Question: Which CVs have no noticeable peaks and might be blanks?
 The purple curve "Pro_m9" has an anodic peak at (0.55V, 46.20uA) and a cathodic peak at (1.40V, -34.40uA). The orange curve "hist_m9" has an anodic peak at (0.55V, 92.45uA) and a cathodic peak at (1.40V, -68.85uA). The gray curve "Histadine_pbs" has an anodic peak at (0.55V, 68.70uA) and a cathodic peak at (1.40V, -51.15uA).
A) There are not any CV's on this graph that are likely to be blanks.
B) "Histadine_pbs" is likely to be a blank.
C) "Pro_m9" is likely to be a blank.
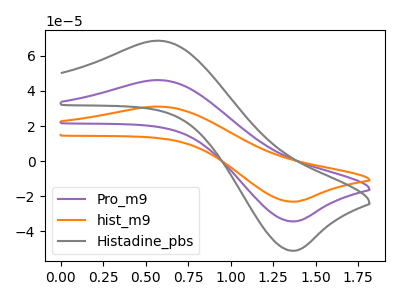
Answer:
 <answer>A) There are not any CV's on this graph that are likely to be blanks.</answer>
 <eval>A</eval>